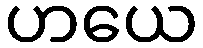
ဟယေ